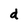
Character: d